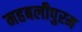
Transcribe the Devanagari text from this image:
महबलीपुरम